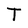
Character: T